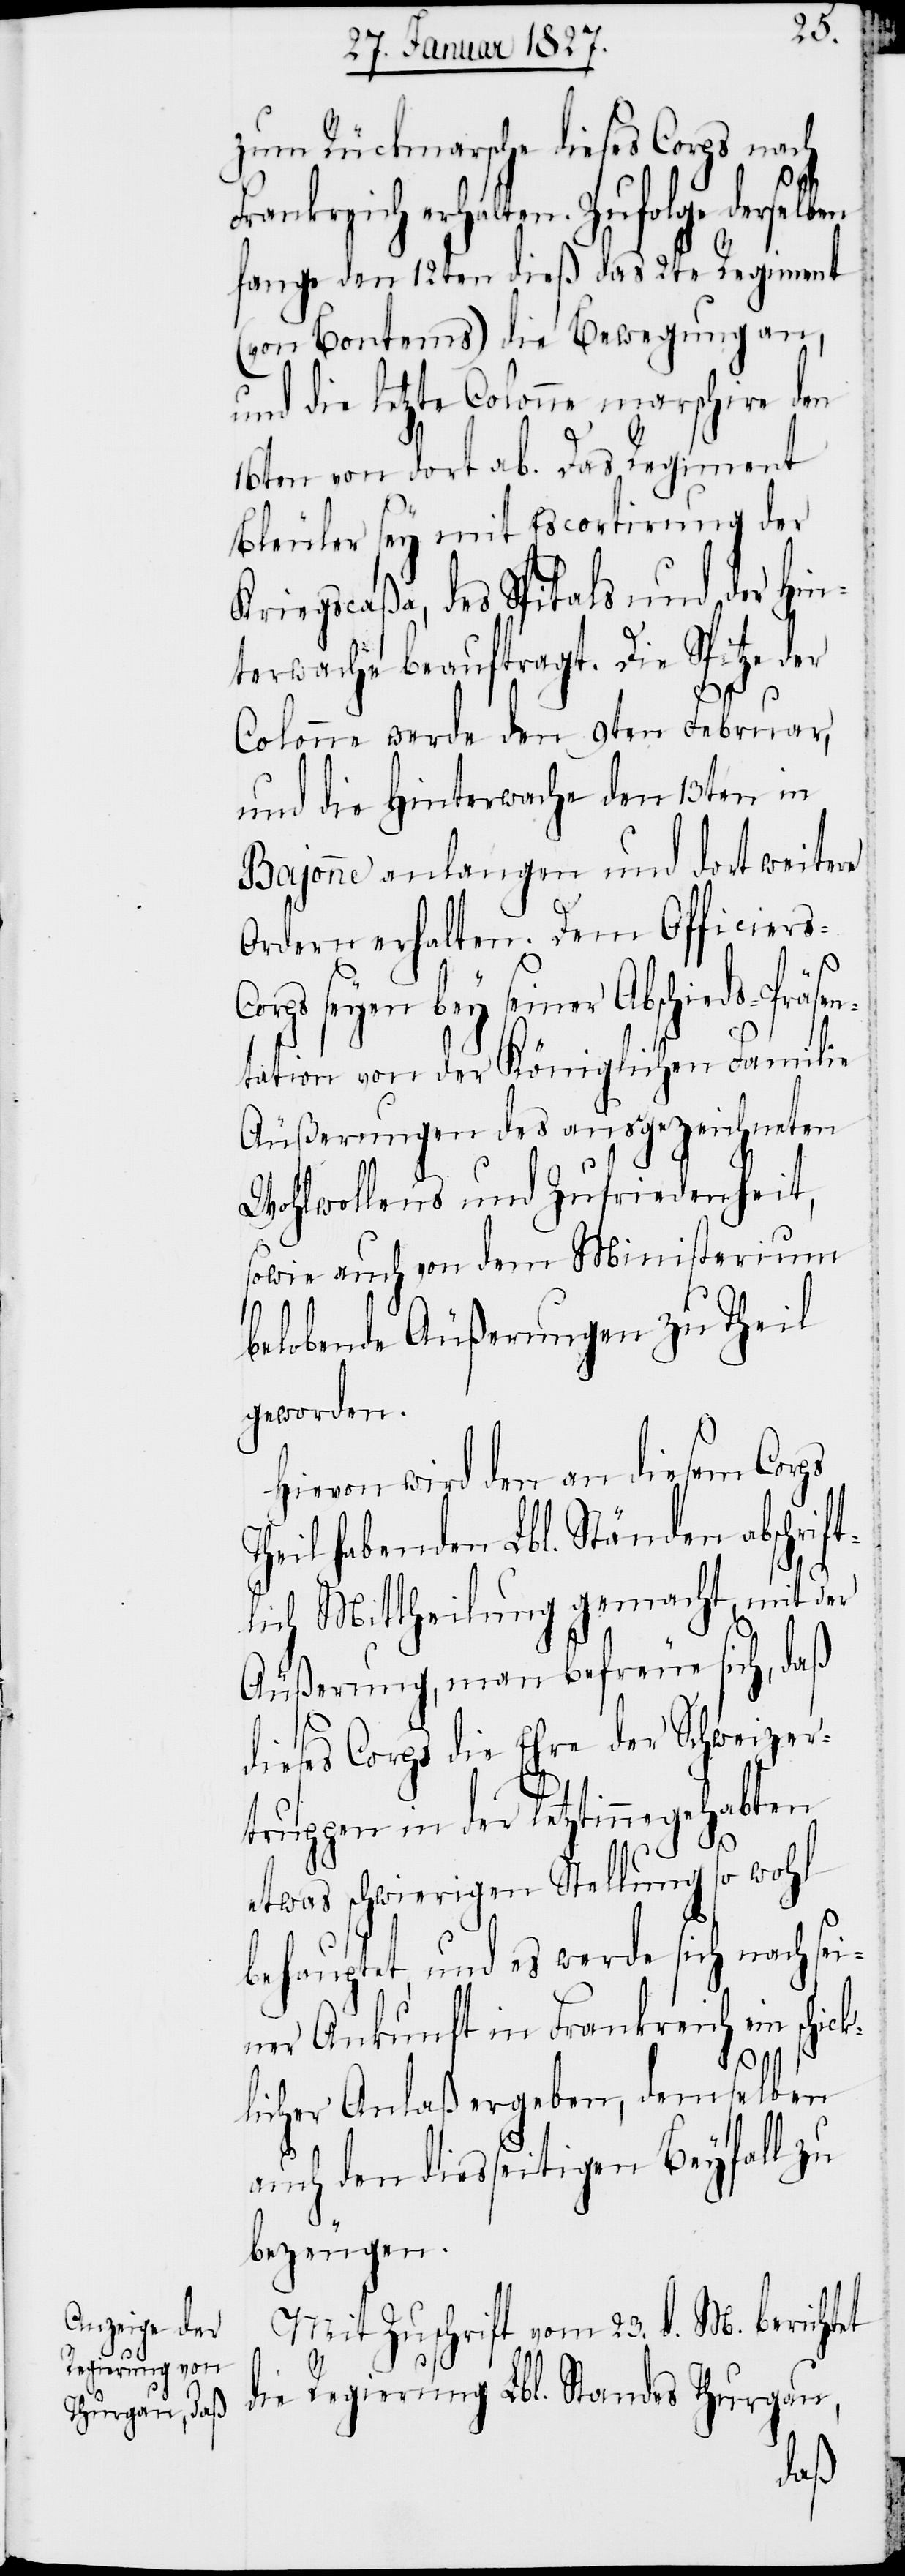
zum Rückmarsche dieses Corps nach
Frankreich erhalten. Zufolge derselben
fange den 12ten dieß das 2te Regiment
(von Bontems) die Bewegung an,
und die letzte Colonne marschire den
16ten von dort ab. Das Regiment
Bleuler sey mit Escortirung der
Kriegscaßa, des Spitals und der Hin¬
terwache beauftragt. Die Spitze der
Colonne werde den 9ten Februar,
und die Hinterwache den 13ten in
Bajonne anlangen und dort weitere
Ordern erhalten. Dem Officier¬
die Regierung Lbl. Standes Thurg¬
ntation von der Königlichen Familie
Äußerungen des ausgezeichneten
Wohlwollens und Zufriedenheit,
sowie auch von dem Ministerium
belobende Äußerungen zu Theil
geworden.
Hievon wird den an diesem Corps
Theil habenden Lbl. Ständen abschrif¬
tlich Mittheilung gemacht, mit der
Äußerung, man befreue sich, daß
dieses Corps die Ehre der Schweizer¬
truppen in den letztinnegehabten
ick¬
etwas schwierigen Stellung so wohl
behauptet, und es werde sich nach sei¬
ner Ankunft in Frankreich ein sch¬
licher Anlaß ergeben, demselben
auch den diesseitigen Beyfall zu
bezeugen.
Mit Zuschrift vom 23. d. M. berichtet

au,